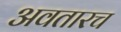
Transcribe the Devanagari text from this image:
अवतारच